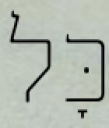
כׇּל